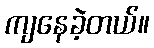
ကျနေခဲ့တယ်။